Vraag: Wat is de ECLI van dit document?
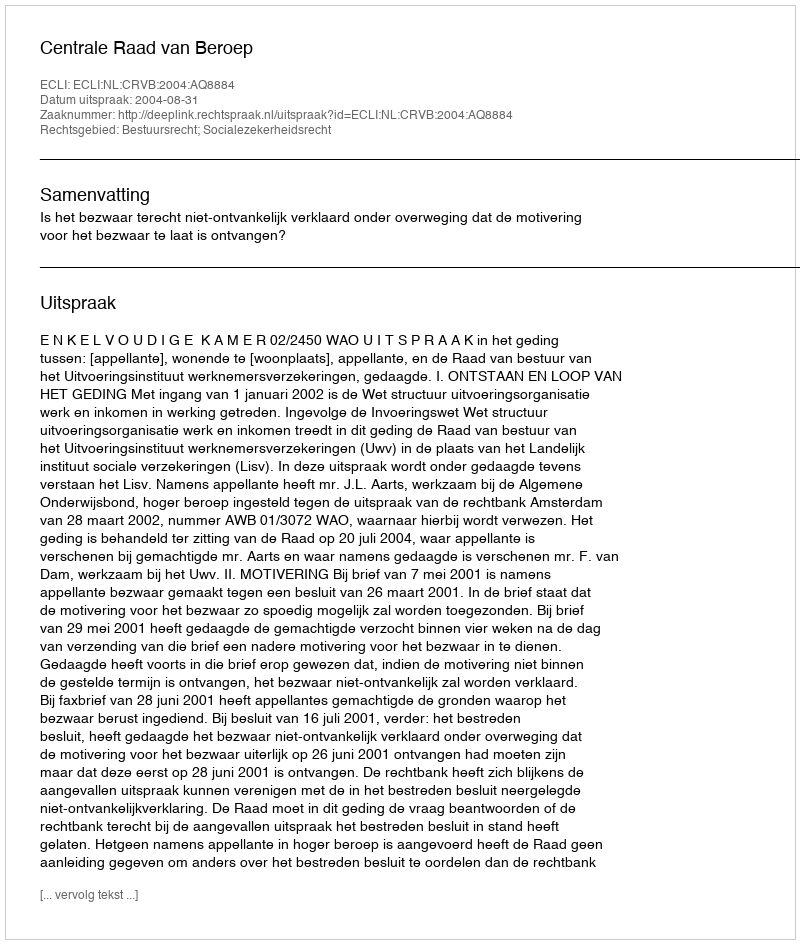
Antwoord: ECLI:NL:CRVB:2004:AQ8884